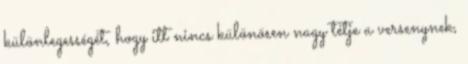
különlegességét, hogy itt nincs különösen nagy tétje a versenynek,